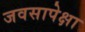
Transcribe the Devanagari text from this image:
जवसापेक्षा